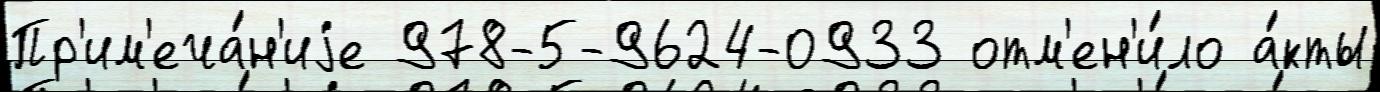
Пр'им'еча́н'иjе 978-5-9624-0933 отм'ен'и́ло а́кты